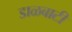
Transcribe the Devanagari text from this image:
डाळबाटी